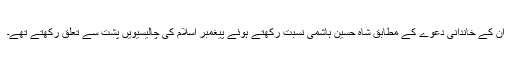
اُن کے خاندانی دعوے کے مطابق شاہ حسین ہاشمی نسبت رکھتے ہوئے پیغمبر اسلام کی چالیسیویں پشت سے تعلق رکھتے تھے۔